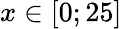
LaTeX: x\in[0;25]